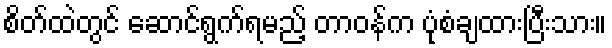
စိတ်ထဲတွင် ဆောင်ရွက်ရမည့် တာဝန်က ပုံစံချထားပြီးသား။